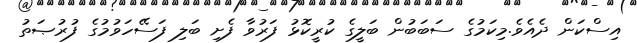
އިސްކަން ދެއެވެ.މިކަމުގެ ސަބަބުން ބަލީގެ ކުރީކޮޅު ފަރުވާ ފެށި ބަލި ފަސޭހަވުމުގެ ފުރުޞަތު